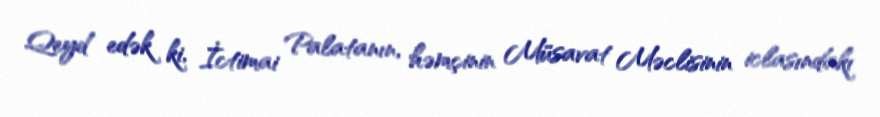
Qeyd edək ki, İctimai Palatanın, həmçinin Müsavat Məclisinin iclasındakı